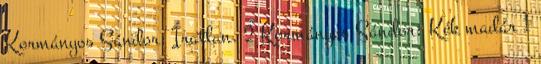
Kormányos Sándor: Íratlan. 2 Kormányos Sándor: Kék madár 1